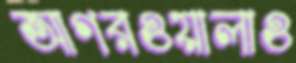
আগরওয়ালাও